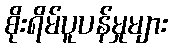
စိုးရိမ်ပူပန်မှုများ